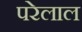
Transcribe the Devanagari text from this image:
परेलाल